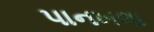
પાનખલા